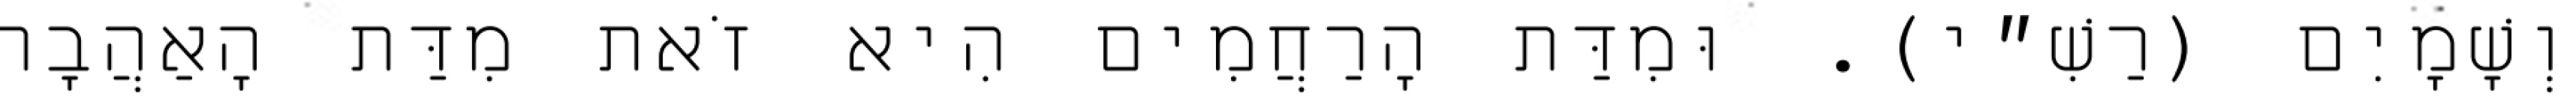
וְשָׁמָיִם (רַשִׁ״י). וּמִדַּת הָרַחֲמִים הִיא זֹאת מִדַּת הָאַהֲבָה